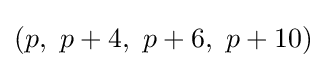
(p,\ p+4,\ p+6,\ p+10)